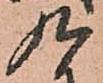
九